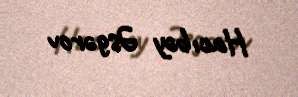
Hacıbəy Əsgərov